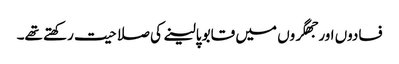
فسادوں اور جھگروں میں قابو پالینے کی صلاحیت رکھتے تھے۔